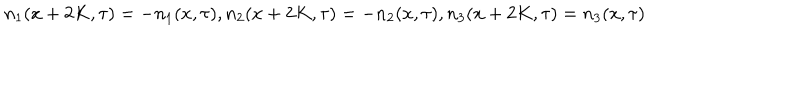
n _ { 1 } ( x + 2 K , \tau ) = - n _ { 1 } ( x , \tau ) , n _ { 2 } ( x + 2 K , \tau ) = - n _ { 2 } ( x , \tau ) , n _ { 3 } ( x + 2 K , \tau ) = n _ { 3 } ( x , \tau )